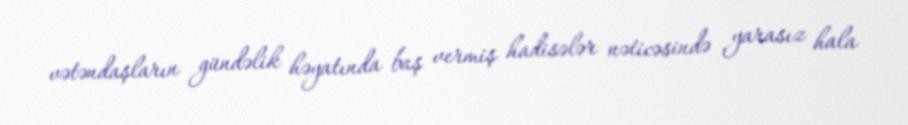
vətəndaşların gündəlik həyatında baş vermiş hadisələr nəticəsində yarasız hala